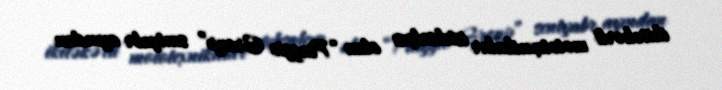
ikitəkərli mototexnikalar istehsalçısı olan “Piaggio Group” sentyabr ayından